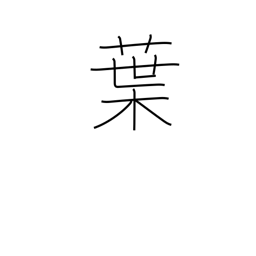
Meaning: blade